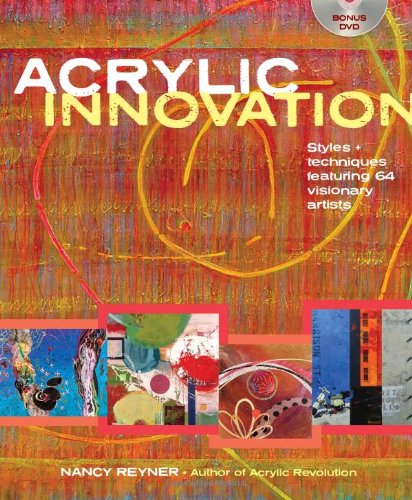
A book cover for Acrylic Innovation: Styles and Techniques Featuring 64 Visionary Artists; Nancy Reyner; Arts & Photography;